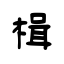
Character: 楫